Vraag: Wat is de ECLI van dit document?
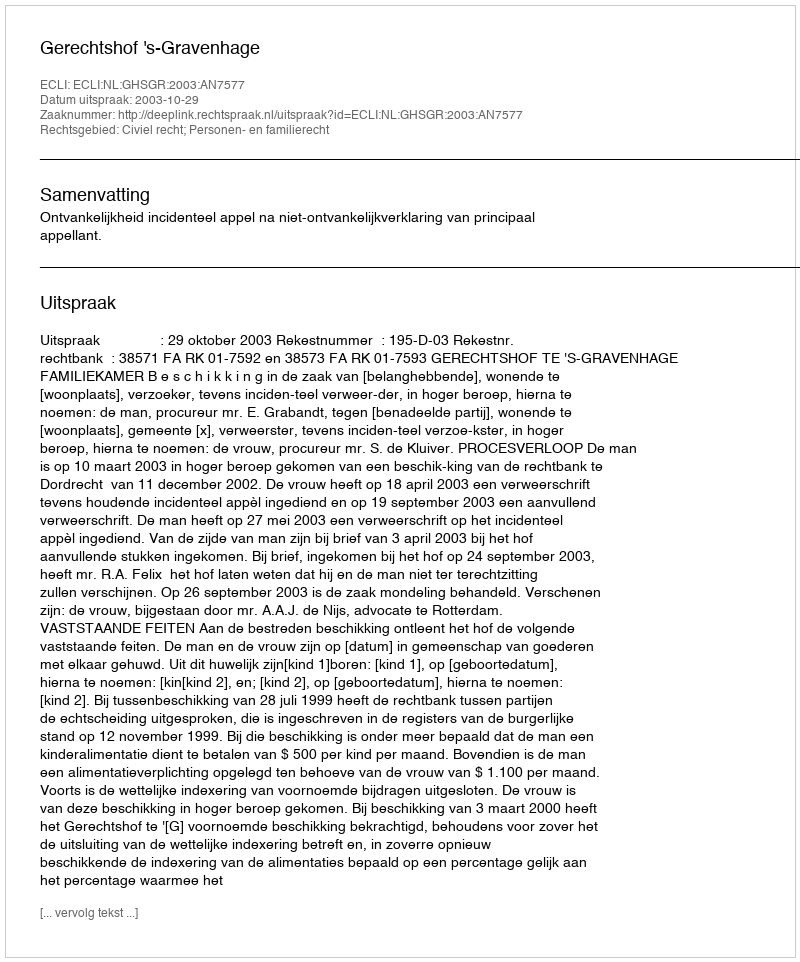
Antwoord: ECLI:NL:GHSGR:2003:AN7577